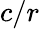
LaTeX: {c/r}